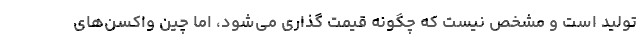
تولید است و مشخص نیست که چگونه قیمت گذاری می‌شود، اما چین واکسن‌های